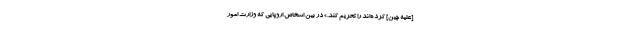
[علیه چین] کرده‌اند را تحریم کند.» در بین اشخاص اروپایی که وزارت امور